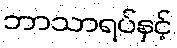
ဘာသာရပ်နှင့်